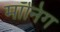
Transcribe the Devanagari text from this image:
मॉनिंग